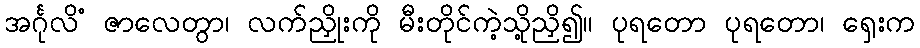
အင်္ဂုလိံ ဇာလေတွာ၊ လက်ညှိုးကို မီးတိုင်ကဲ့သို့ညှိ၍။ ပုရတော ပုရတော၊ ရှေးက